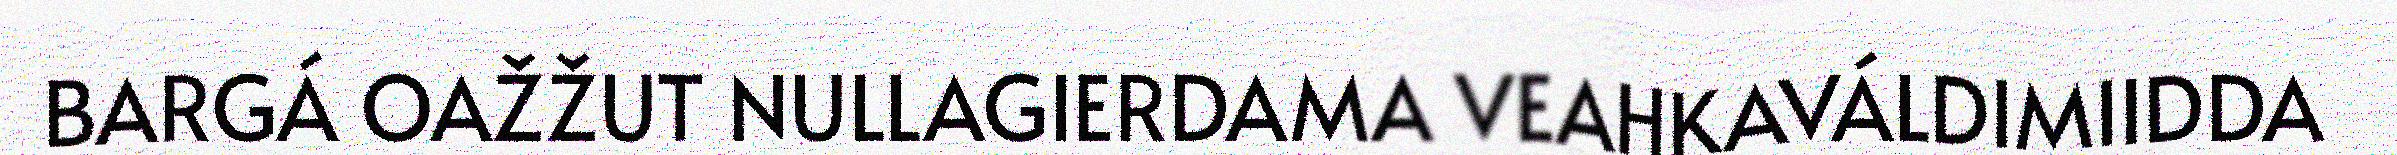
BARGÁ OAŽŽUT NULLAGIERDAMA VEAHKAVÁLDIMIIDDA